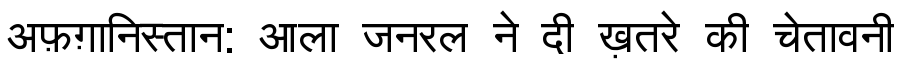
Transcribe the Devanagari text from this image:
अफ़ग़ानिस्तान: आला जनरल ने दी ख़तरे की चेतावनी